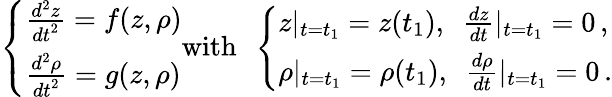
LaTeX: \left\{ \begin{array}{ll}{\frac{d^{2}z}{{dt}^{2}}=f(z,\rho)}\\ {\frac{d^{2}\rho}{{dt}^{2}}=g(z,\rho)}\end{array}\right.\mathrm{with}\ \ \left\{ \begin{array}{ll}{z|_{t=t_{1}}=z(t_{1}),\ \ \frac{dz}{dt}|_{t=t_{1}}=0\, ,}\\ {\rho|_{t=t_{1}}=\rho(t_{1}),\ \ \frac{d\rho}{dt}|_{t=t_{1}}=0\, .}\end{array}\right.